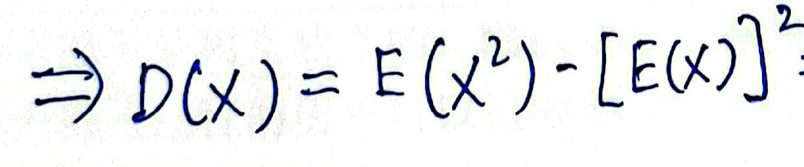
\[
\Rightarrow D(X)=E(X^{2})-[E(X)]^{2}
\]